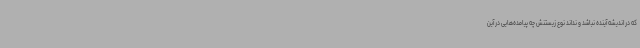
که در اندیشه آینده نباشد و نداند نوع زیستنش چه پیامده‌هایی در آین